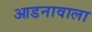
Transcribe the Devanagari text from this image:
आडनावाला